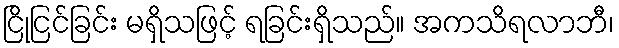
ငြိုငြင်ခြင်း မရှိသဖြင့် ရခြင်းရှိသည်။ အကသိရလာဘီ၊